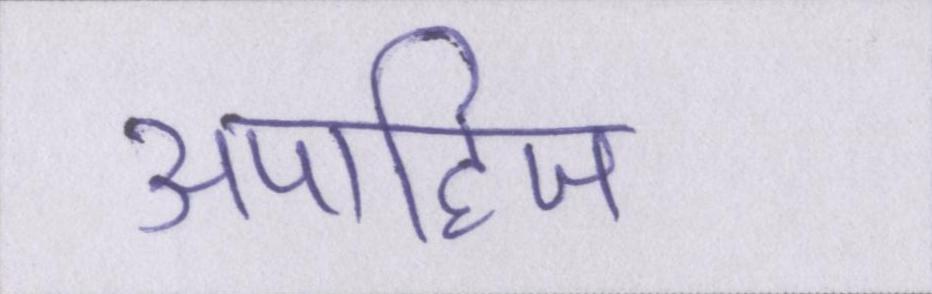
अपाहिज